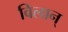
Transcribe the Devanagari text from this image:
विलान्